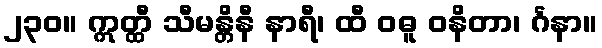
၂၃၀။ ဣတ္ထီ သီမန္တိနီ နာရီ၊ ထီ ဝဓူ ဝနိတာ၊ င်္ဂနာ။